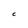
Character: C